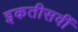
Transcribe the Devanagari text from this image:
इकतीसवीं